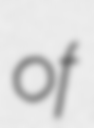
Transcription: of